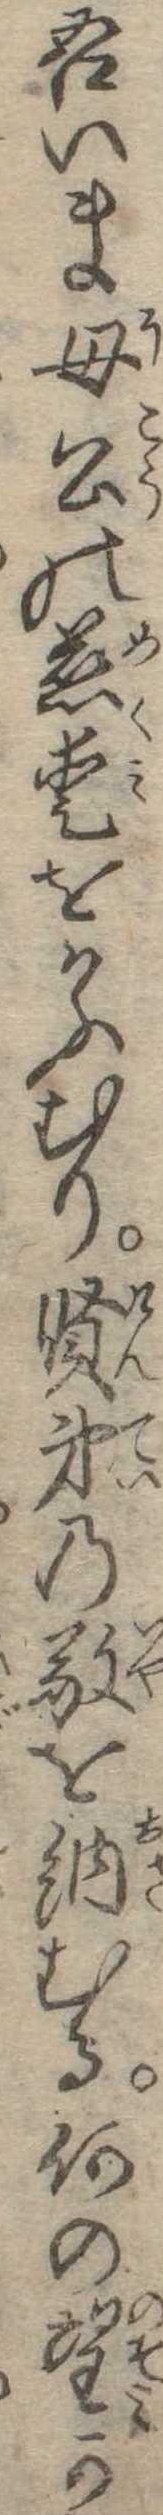
吾いま母公の慈愛をかふむり賢弟の敬を納むる何の望か